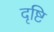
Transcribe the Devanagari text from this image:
दृष्टि